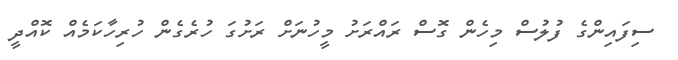
ސިފައިންގެ ފުލުސް މިހެން ގޮސް ރައްރަށު މީހުނަށް ރަށުގަ ހުރެގެން ހުރިހާކަމެއް ކޮއްދީ